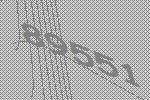
89551